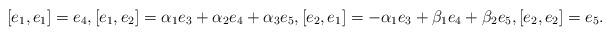
LaTeX: \begin{align*}[e_1, e_1]=e_4, [e_1, e_2]=\alpha_1e_3+ \alpha_2e_4+ \alpha_3e_5, [e_2, e_1]=-\alpha_1e_3+ \beta_1e_4+ \beta_2 e_5, [e_2, e_2]=e_5.\end{align*}